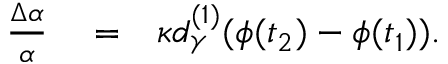
\begin{array} { r l r } { \frac { \Delta \alpha } { \alpha } } & { { } = } & { \kappa d _ { \gamma } ^ { ( 1 ) } ( \phi ( t _ { 2 } ) - \phi ( t _ { 1 } ) ) . } \end{array}